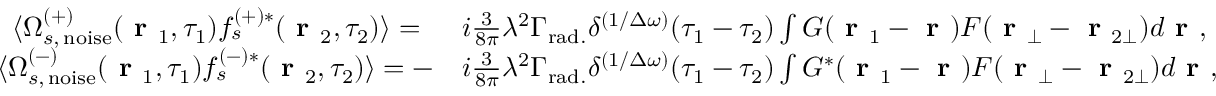
\begin{array} { r l } { \langle \Omega _ { s , \, \mathrm { n o i s e } } ^ { ( + ) } ( \textbf { r } _ { 1 } , \tau _ { 1 } ) f _ { s } ^ { ( + ) * } ( \textbf { r } _ { 2 } , \tau _ { 2 } ) \rangle = \, \, \, } & { i \frac { 3 } { 8 \pi } \lambda ^ { 2 } \Gamma _ { \mathrm { r a d . } } \delta ^ { ( 1 / \Delta \omega ) } ( \tau _ { 1 } - \tau _ { 2 } ) \int G ( \textbf { r } _ { 1 } - \textbf { r } ) F ( \textbf { r } _ { \bot } - \textbf { r } _ { 2 \bot } ) d \textbf { r } , } \\ { \langle \Omega _ { s , \, \mathrm { n o i s e } } ^ { ( - ) } ( \textbf { r } _ { 1 } , \tau _ { 1 } ) f _ { s } ^ { ( - ) * } ( \textbf { r } _ { 2 } , \tau _ { 2 } ) \rangle = - } & { i \frac { 3 } { 8 \pi } \lambda ^ { 2 } \Gamma _ { \mathrm { r a d . } } \delta ^ { ( 1 / \Delta \omega ) } ( \tau _ { 1 } - \tau _ { 2 } ) \int G ^ { * } ( \textbf { r } _ { 1 } - \textbf { r } ) F ( \textbf { r } _ { \bot } - \textbf { r } _ { 2 \bot } ) d \textbf { r } , } \end{array}